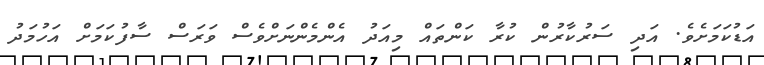
އަޑުކަމަށެވެ. އަދި ސަރުކާރުން ކުރާ ކަންތައް މިއަދު އެންމެންނަށްވެސް ވަރަސް ސާފުކަމަށް އަހުމަދު